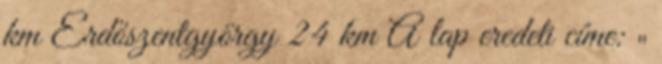
km Erdőszentgyörgy 24 km A lap eredeti címe: „